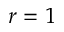
r = 1